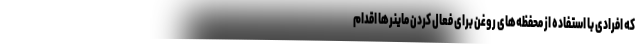
که افرادی با استفاده از محفظه‌های روغن برای فعال کردن ماینرها اقدام